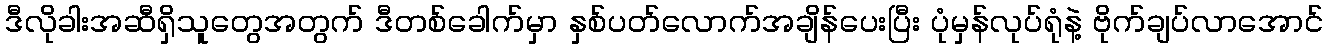
ဒီလိုခါးအဆီရှိသူတွေအတွက် ဒီတစ်ခေါက်မှာ နှစ်ပတ်လောက်အချိန်ပေးပြီး ပုံမှန်လုပ်ရုံနဲ့ ဗိုက်ချပ်လာအောင်